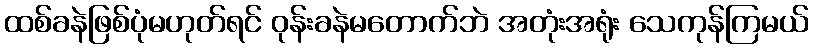
ထစ်ခနဲဖြစ်ပုံမဟုတ်ရင် ဝုန်းခနဲမတောက်ဘဲ အတုံးအရုံး သေကုန်ကြမယ်